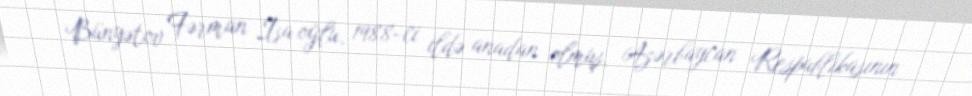
Bünyətov Fərman İsa oğlu, 1988-ci ildə anadan olmuş, Azərbaycan Respublikasının